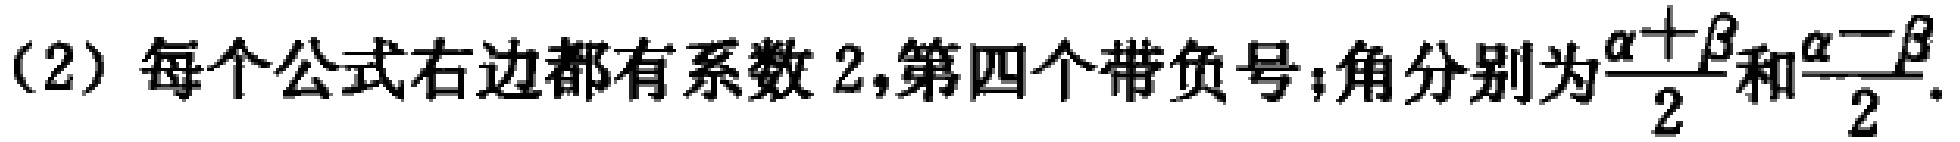
（2）每个公式右边都有系数 2,第四个带负号；角分别为$\frac{\alpha +\beta}{2}$和$\frac{\alpha -\beta}{2}$.